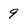
Character: 9